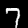
Digit: 7